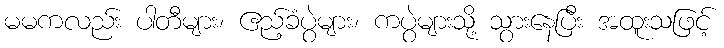
မမကလည်း ပါတီများ၊ ဧည့်ခံပွဲများ၊ ကပွဲများသို့ သွားနေပြီး အထူးသဖြင့်